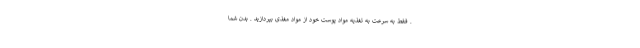
. فقط به سرعت به تغذیه مواد پوست خود از مواد مغذی بپردازید . بدن شما